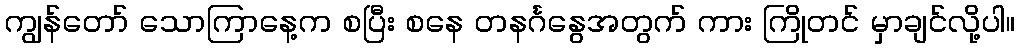
ကျွန်တော် သောကြာနေ့က စပြီး စနေ တနင်္ဂနွေအတွက် ကား ကြိုတင် မှာချင်လို့ပါ။